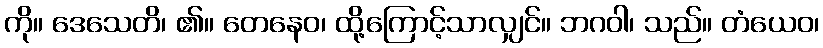
ကို။ ဒေသေတိ၊ ၏။ တေနေဝ၊ ထို့ကြောင့်သာလျှင်။ ဘဂဝါ၊ သည်။ တံယေဝ၊